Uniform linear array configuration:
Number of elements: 4
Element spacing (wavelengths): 0.25
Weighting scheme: hamming
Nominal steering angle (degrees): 60
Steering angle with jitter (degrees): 59.771
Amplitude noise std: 0.05
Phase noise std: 0.05

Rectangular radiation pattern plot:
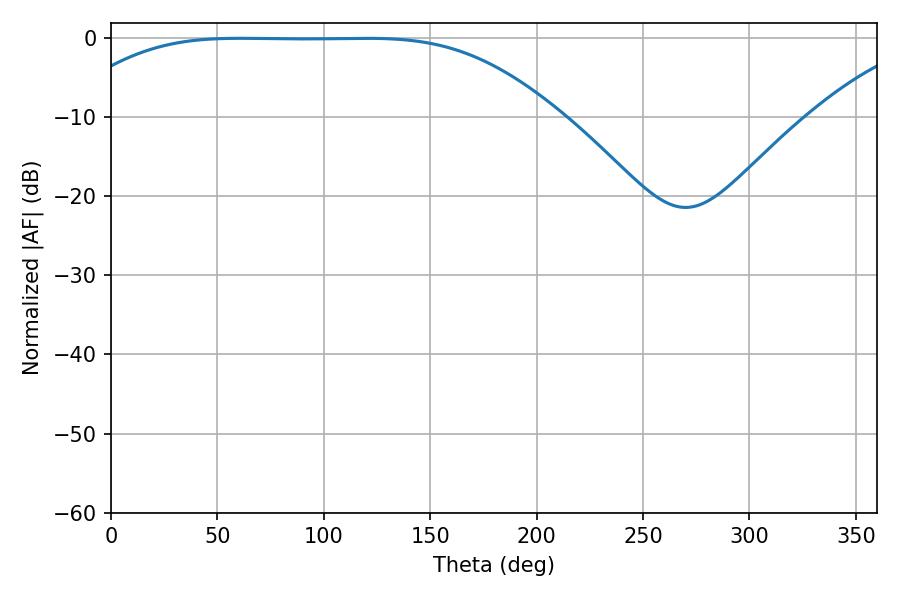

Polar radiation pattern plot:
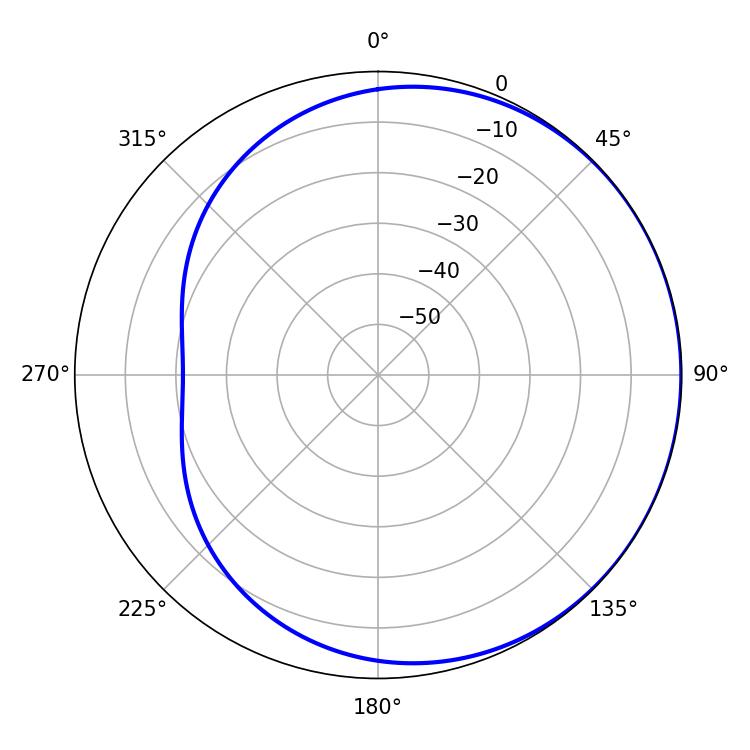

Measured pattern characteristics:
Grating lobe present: FALSE
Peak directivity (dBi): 0.5005
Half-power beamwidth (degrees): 172.8
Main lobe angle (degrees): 60.84